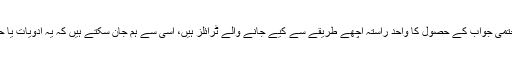
ان کا کہنا تھا کہ یہی وجہ ہے کہ ٹرائل کو جاری رکھنا بہت اہم ہے حتمی جواب کے حصول کا واحد راستہ اچھے طریقے سے کیے جانے والے ٹرائلز ہیں، اسی سے ہم جان سکتے ہیں کہ یہ ادویات یا حکمت عملیاں کس حد اموات اور بیماری کو کم کرنے میں مددگار ہیں۔